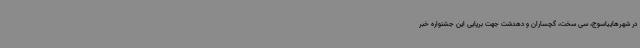
در شهرهاییاسوج، سی سخت، گچساران و دهدشت جهت برپایی این جشنواره خبر